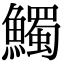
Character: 𩼟